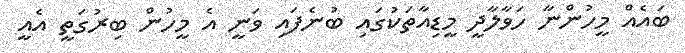
ބައެއް މީހުންނާ ހަވާލާދީ މީޑިއާތަކުގައި ބުނެފައި ވަނީ އެ މީހުން ބިރުގަތީ އެއީ